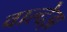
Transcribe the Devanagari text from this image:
वाल्देझ